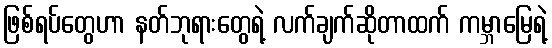
ဖြစ်ရပ်တွေဟာ နတ်ဘုရားတွေရဲ့ လက်ချက်ဆိုတာထက် ကမ္ဘာမြေရဲ့